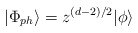
\begin{align*}|\Phi_{ph}\rangle=z^{(d-2)/2}|\phi\rangle\end{align*}